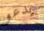
يدعو